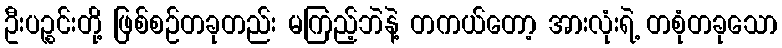
ဦးပဉ္စင်းတို့ ဖြစ်စဉ်တခုတည်း မကြည့်ဘဲနဲ့ တကယ်တော့ အားလုံးရဲ့ တစုံတခုသော